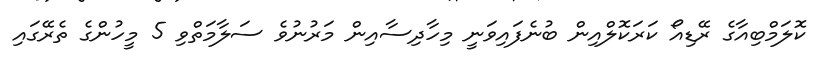
ކޮލަމްބިއާގެ ރޭޑިއޯ ކަރަކޮލްއިން ބުނެފައިވަނީ މިހާދިސާއިން މަރުނުވެ ސަލާމަތްވި 5 މީހުންގެ ތެރޭގައި